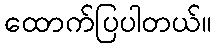
ထောက်ပြပါတယ်။